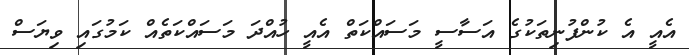
އެއީ އެ ކުންފުނިތަކުގެ އަސާސީ މަސައްކަތް އެއީ ހުއްދަ މަސައްކަތެއް ކަމުގައި ވިޔަސް